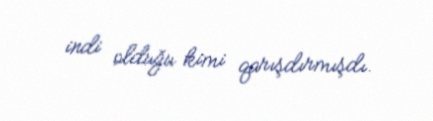
indi olduğu kimi qarışdırmışdı.